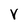
Character: y